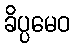
ခိပ္ပမေဝ